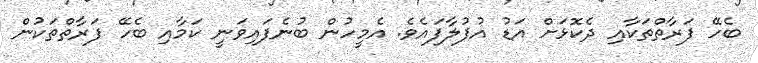
ބެހޭ ފަރާތްތަކާއި ދެކޮޅަށް އަޑު އުފުލާފައެވެ. އެމީހުން ބުނެފައިވަނީ ކަމާއި ބެހޭ ފަރާތްތަކުން